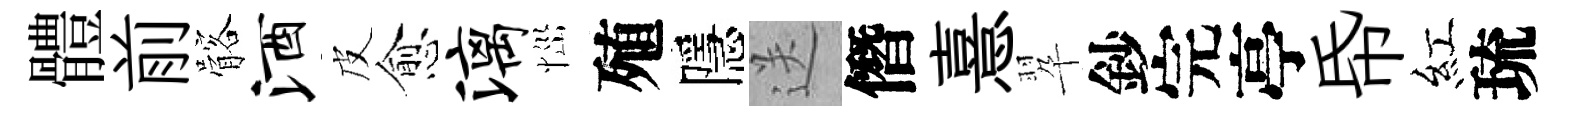
體前髂酒皮愈漓𢙉殖隱送僭憙翆鈔完亭帋紅琉